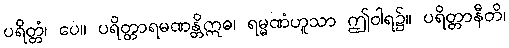
ပရိတ္တံ၊ ပေ။ ပရိတ္တာရမဏန္တိဣဓ၊ ရမ္မဏံဟူသာ ဤဝါရ၌။ ပရိတ္တာနီတိ၊